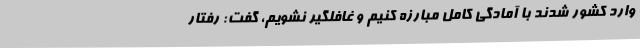
وارد کشور شدند با آمادگی کامل مبارزه کنیم و غافلگیر نشویم، گفت: رفتار